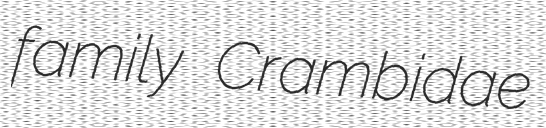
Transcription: family Crambidae